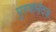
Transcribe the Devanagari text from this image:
पुरुषनिंदक